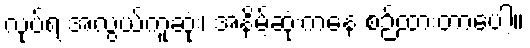
လုပ်ရ အလွယ်ကူဆုံး၊ အနိမ့်ဆုံးကနေ စဉ်ထားတာပေါ့။